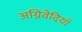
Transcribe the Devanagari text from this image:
अग्निवेदियाँ